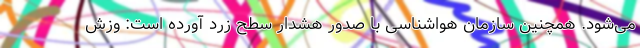
می‌شود. همچنین سازمان هواشناسی با صدور هشدار سطح زرد آورده است: وزش